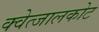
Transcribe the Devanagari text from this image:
क्वेत्जालकोट